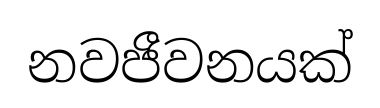
නවජීවනයක්